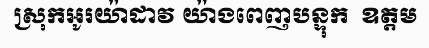
ស្រុកអូរយ៉ាដាវ យ៉ាងពេញបន្ទុក  ឧត្តម